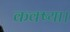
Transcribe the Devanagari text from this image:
कक्ष्या।